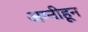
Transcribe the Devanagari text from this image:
अग्नीहून